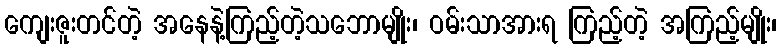
ကျေးဇူးတင်တဲ့ အနေနဲ့ကြည့်တဲ့သဘောမျိုး၊ ဝမ်းသာအားရ ကြည့်တဲ့ အကြည့်မျိုး၊